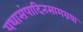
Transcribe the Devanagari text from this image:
यथासंपादितसामग्रया